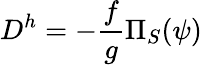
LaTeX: D^{h}=-\frac{f}{g}\Pi_{S}(\psi)